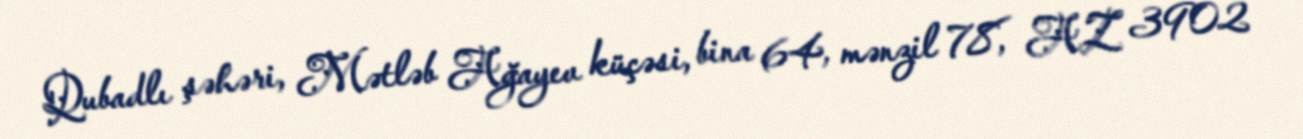
Qubadlı şəhəri, Mətləb Ağayev küçəsi, bina 64, mənzil 78, AZ 3902